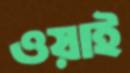
ওয়াই